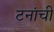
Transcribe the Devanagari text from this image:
टनांची